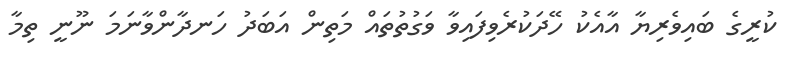
ކުރީގެ ބައިވެރިޔާ އާއެކު ހޭދަކުރެވިފައިވާ ވަގުތުތައް މަތިން އަބަދު ހަނދާންވާނަމަ ނޫނީ ތިމާ